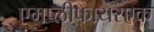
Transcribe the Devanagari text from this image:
एमप्लीफायरएक